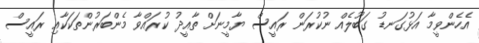
އެހެންވީމާ އަޅުގަނޑު ގަބޫލެއް ނުކުރަން ރައީސް ޔާމީނަށް ތާއީދު ކުރައްވާ މެންބަރުންތަކަކާއި ރައީސް